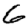
Digit: 6